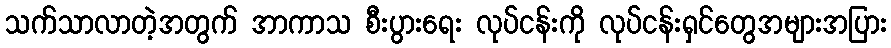
သက်သာလာတဲ့အတွက် အာကာသ စီးပွားရေး လုပ်ငန်းကို လုပ်ငန်းရှင်တွေအများအပြား